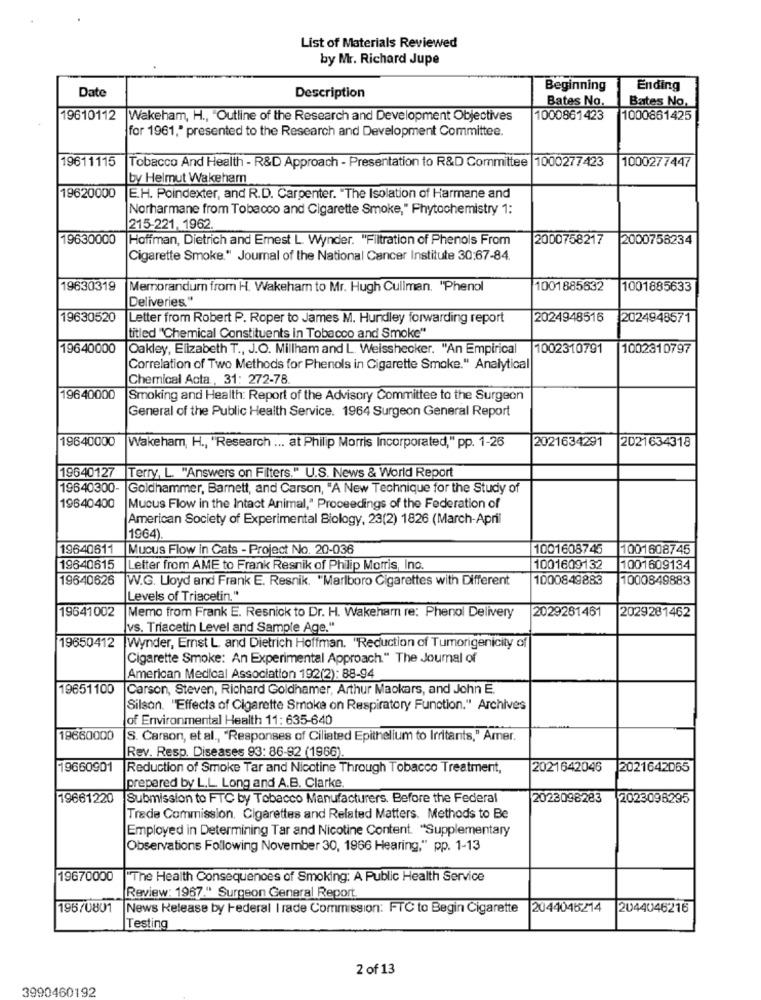
List of Materials Reviewed
by Mr. Richard Jupe
Date
Beginning
Ending
Description
Bates No.
Bates No.
19610112
Wakeham, H ., "Outline of the Research and Development Objectives
1000861423
1000861425
for 1961," presented to the Research and Development Committee.
19611115
1000277447
Tobacco And Health - R&D Approach - Presentation to R&D Committee 1000277423
by Helmut Wakeham
19620000
E.H. Poindexter, and R.D. Carpenter. "The Isolation of Harmane and
Norharmane from Tobacco and Cigarette Smoke," Phytochemistry 1:
215-221, 1962.
19630000
Hoffman, Dietrich and Emest L. Wynder. "Filtration of Phenols From
2000758217
2000758234
Cigarette Smoke." Journal of the National Cancer Institute 30;67-84.
19630319
Memorandum from H. Wakeham to Mr. Hugh Cullman. "Phenol
1001885632
1001885633
Deliveries."
19630520
Letter from Robert P. Roper to James M. Hundley forwarding report
2024948516
2024948571
titled "Chemical Constituents in Tobacco and Smoke"
19640000
Oakley, Elizabeth T ., J.O. Millham and L. Weisshecker. "An Empirical
1002310791
1002310797
Correlation of Two Methods for Phenols in Cigarette Smoke." Analytical
Chemical Acta, 31: 272-78
19640000
Smoking and Health: Report of the Advisory Committee to the Surgeon
General of the Public Health Service. 1964 Surgeon General Report
19640000
2021634291
2021634318
Wakeham, H ., "Research ... at Philip Morris Incorporated," pp. 1-26
19640127
Terry, L. "Answers on Filters." U.S. News & World Report
19640300-
Goldhammer, Barnett, and Carson, "A New Technique for the Study of
19640400
Mucus Flow in the Intact Animal," Proceedings of the Federation of
American Society of Experimental Biology, 23(2) 1826 (March-April
1964)
19640611
Mucus Flow in Cats - Project No. 20-036
1001608745
1001608745
19640615
Letter from AME to Frank Resnik of Philip Morris, Inc.
1001609132
1001609134
19640626
W.G. Lloyd and Frank E. Resnik. "Marlboro Cigarettes with Different
1000849883
1000849883
Levels of Triacetin."
19641002
2029281461
Memo from Frank E. Resnick to Dr. H. Wakehar re: Phenol Delivery
2029281462
vs. Triacetin Level and Sample Age."
19650412 |Wynder, Emst L and Dietrich Hoffman. "Reduction of Tumorigenicity of
Cigarette Smoke: An Experimental Approach." The Journal of
American Medical Association 192(2): 88-94
19651100
Carson, Steven, Richard Goldhamer, Arthur Maokars, and John E.
Silson. "Effects of Cigarette Smoke on Respiratory Function." Archives
of Environmental Health 11: 635-640
19660000
S. Carson, et al ., "Responses of Ciliated Epithelium to Irritants," Amer.
Rev. Resp. Diseases 93: 86-92 (1966).
19660901
Reduction of Smoke Tar and Nicotine Through Tobacco Treatment,
2021642046
2021642065
prepared by L.L. Long and A.B. Clarke.
19661220
Submission to FTC by Tobacco Manufacturers. Before the Federal
2023098283
2023096295
Trade Commission. Cigarettes and Related Matters. Methods to Be
Employed in Determining Tar and Nicotine Content. "Supplementary
Observations Following November 30, 1966 Hearing," pp. 1-13
19670000
"The Health Consequences of Smoking: A Public Health Service
Review: 1967." Surgeon General Report.
196/0801
News Release by Federal I rade Commission: FTC to Begin Cigarette 2044046214
2044046216
Testing
2 of 13
3990460192